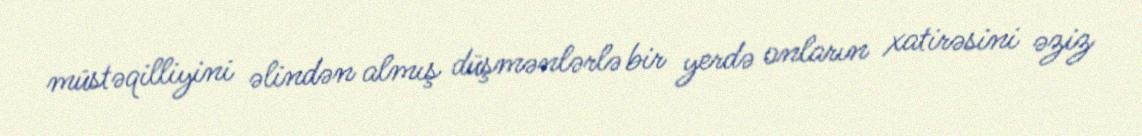
müstəqilliyini əlindən almış düşmənlərlə bir yerdə onların xatirəsini əziz